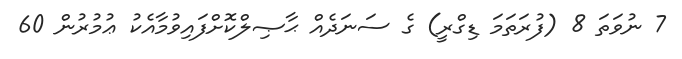
7 ނުވަތަ 8 (ފުރަތަމަ ޑިގްރީ) ގެ ސަނަދެއް ޙާޞިލްކޮށްފައިވުމާއެކު ޢުމުރުން 60